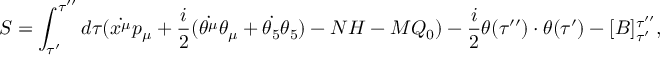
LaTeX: S = \int _ { \tau ^ { \prime } } ^ { \tau ^ { \prime \prime } } d \tau ( \dot { x ^ { \mu } } p _ { \mu } + \frac { i } { 2 } ( \dot { \theta ^ { \mu } } \theta _ { \mu } + \dot { \theta _ { 5 } } \theta _ { 5 } ) - N { \cal H } - M { \cal Q } _ { 0 } ) - \frac { i } { 2 } \theta ( \tau ^ { \prime \prime } ) \cdot \theta ( \tau ^ { \prime } ) - [ B ] _ { \tau ^ { \prime } } ^ { \tau ^ { \prime \prime } } ,